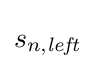
s_{n,{\mathit {left}}}